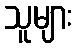
သူများ